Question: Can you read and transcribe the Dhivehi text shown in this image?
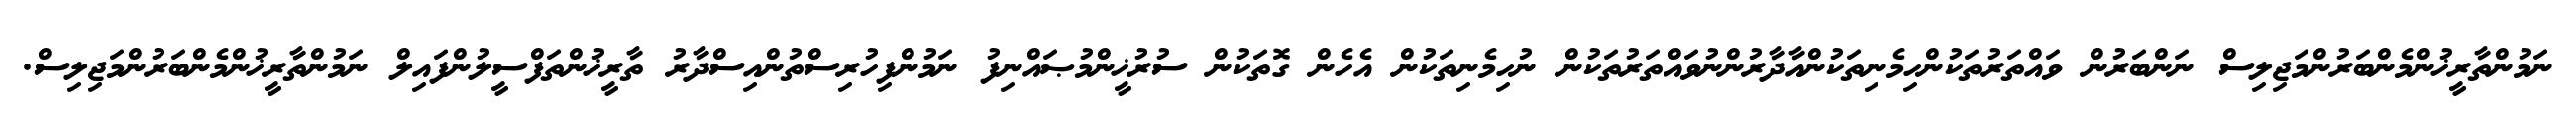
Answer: ނަމުންތާރީޚުންމެންބަރުންމަޖިލިސް ނަންބަރުން ވައްތަރުތަކުންހިމެނިތަކުންއާދާރުންނުވައްތަރުތަކުން ނުހިމެނިތަކުން އެހެން ގޮތަކުން ސުރުޚީންމުޞައްނިފު ނަމުންފިހުރިސްތުންއިސްދާރު ތާރީޚުންތަފްސީލުންފައިލް ނަމުންތާރީޚުންމެންބަރުންމަޖިލިސް.